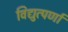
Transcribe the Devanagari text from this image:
विद्युत्पर्णा